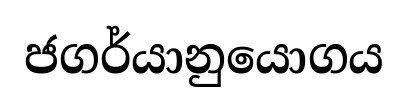
ජගර්යානුයොගය